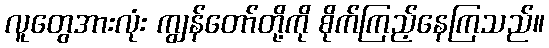
လူတွေအားလုံး ကျွန်တော်တို့ကို စိုက်ကြည့်နေကြသည်။